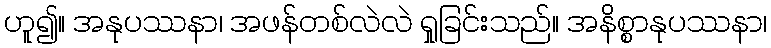
ဟူ၍။ အနုပဿနာ၊ အဖန်တစ်လဲလဲ ရှုခြင်းသည်။ အနိစ္စာနုပဿနာ၊